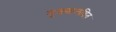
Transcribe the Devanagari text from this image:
मुख्यालयित